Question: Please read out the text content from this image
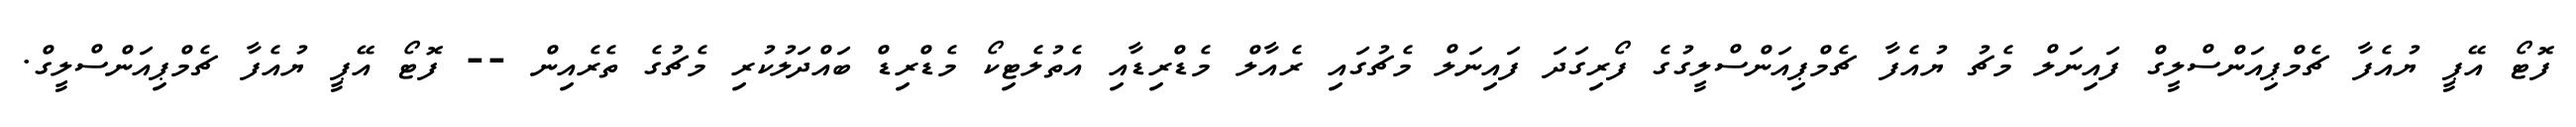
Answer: ފޮޓޯ އޭޕީ ޔުއެފާ ޗެމްޕިއަންސްލީގް ފައިނަލް މެޗު ޔުއެފާ ޗެމްޕިއަންސްލީގުގެ ފޯރިގަދަ ފައިނަލް މެޗުގައި ރެއާލް މެޑްރިޑާއި އެތުލެޓިކޯ މެޑްރިޑް ބައްދަލުކުރި މެޗުގެ ތެރެއިން -- ފޮޓޯ އޭޕީ ޔުއެފާ ޗެމްޕިއަންސްލީގް.